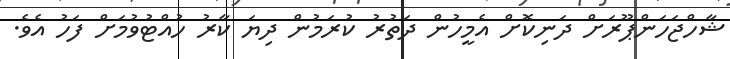
ޝާހްޖަހަންޕޫރަށް ދަނިކޮށް އެމީހުން ދަތުރު ކުރަމުން ދިޔަ ކާރު ހުއްޓުވުމަށް ފަހު އެވެ.